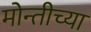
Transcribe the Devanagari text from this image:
मोन्तीच्या